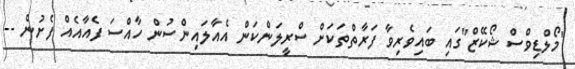
"މޯލްޑިވްސް ޝޯކޭޒް"ގައި ބައިވެރިވާ ފަރާތްތަކަށް ސްރީލަންކަން އެއާލައިންސުން ހާއްސަ ފެއާއެއް ފެށުން --